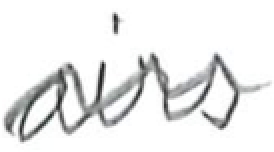
Text: airs
Cross-out: mix
Writing tool: digital_black